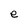
Character: e